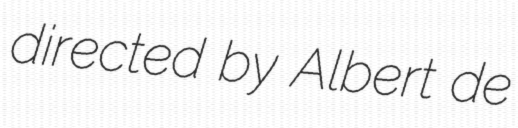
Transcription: directed by Albert de